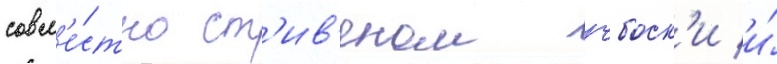
совм'е́стно ст'ив'еном чбоск'и и́